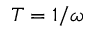
T = 1 / \omega